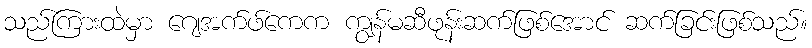
သည်ကြားထဲမှာ ဂျေအက်ဖ်ကေက ကျွန်မဆီဖုန်းဆက်ဖြစ်အောင် ဆက်ခြင်းဖြစ်သည်။